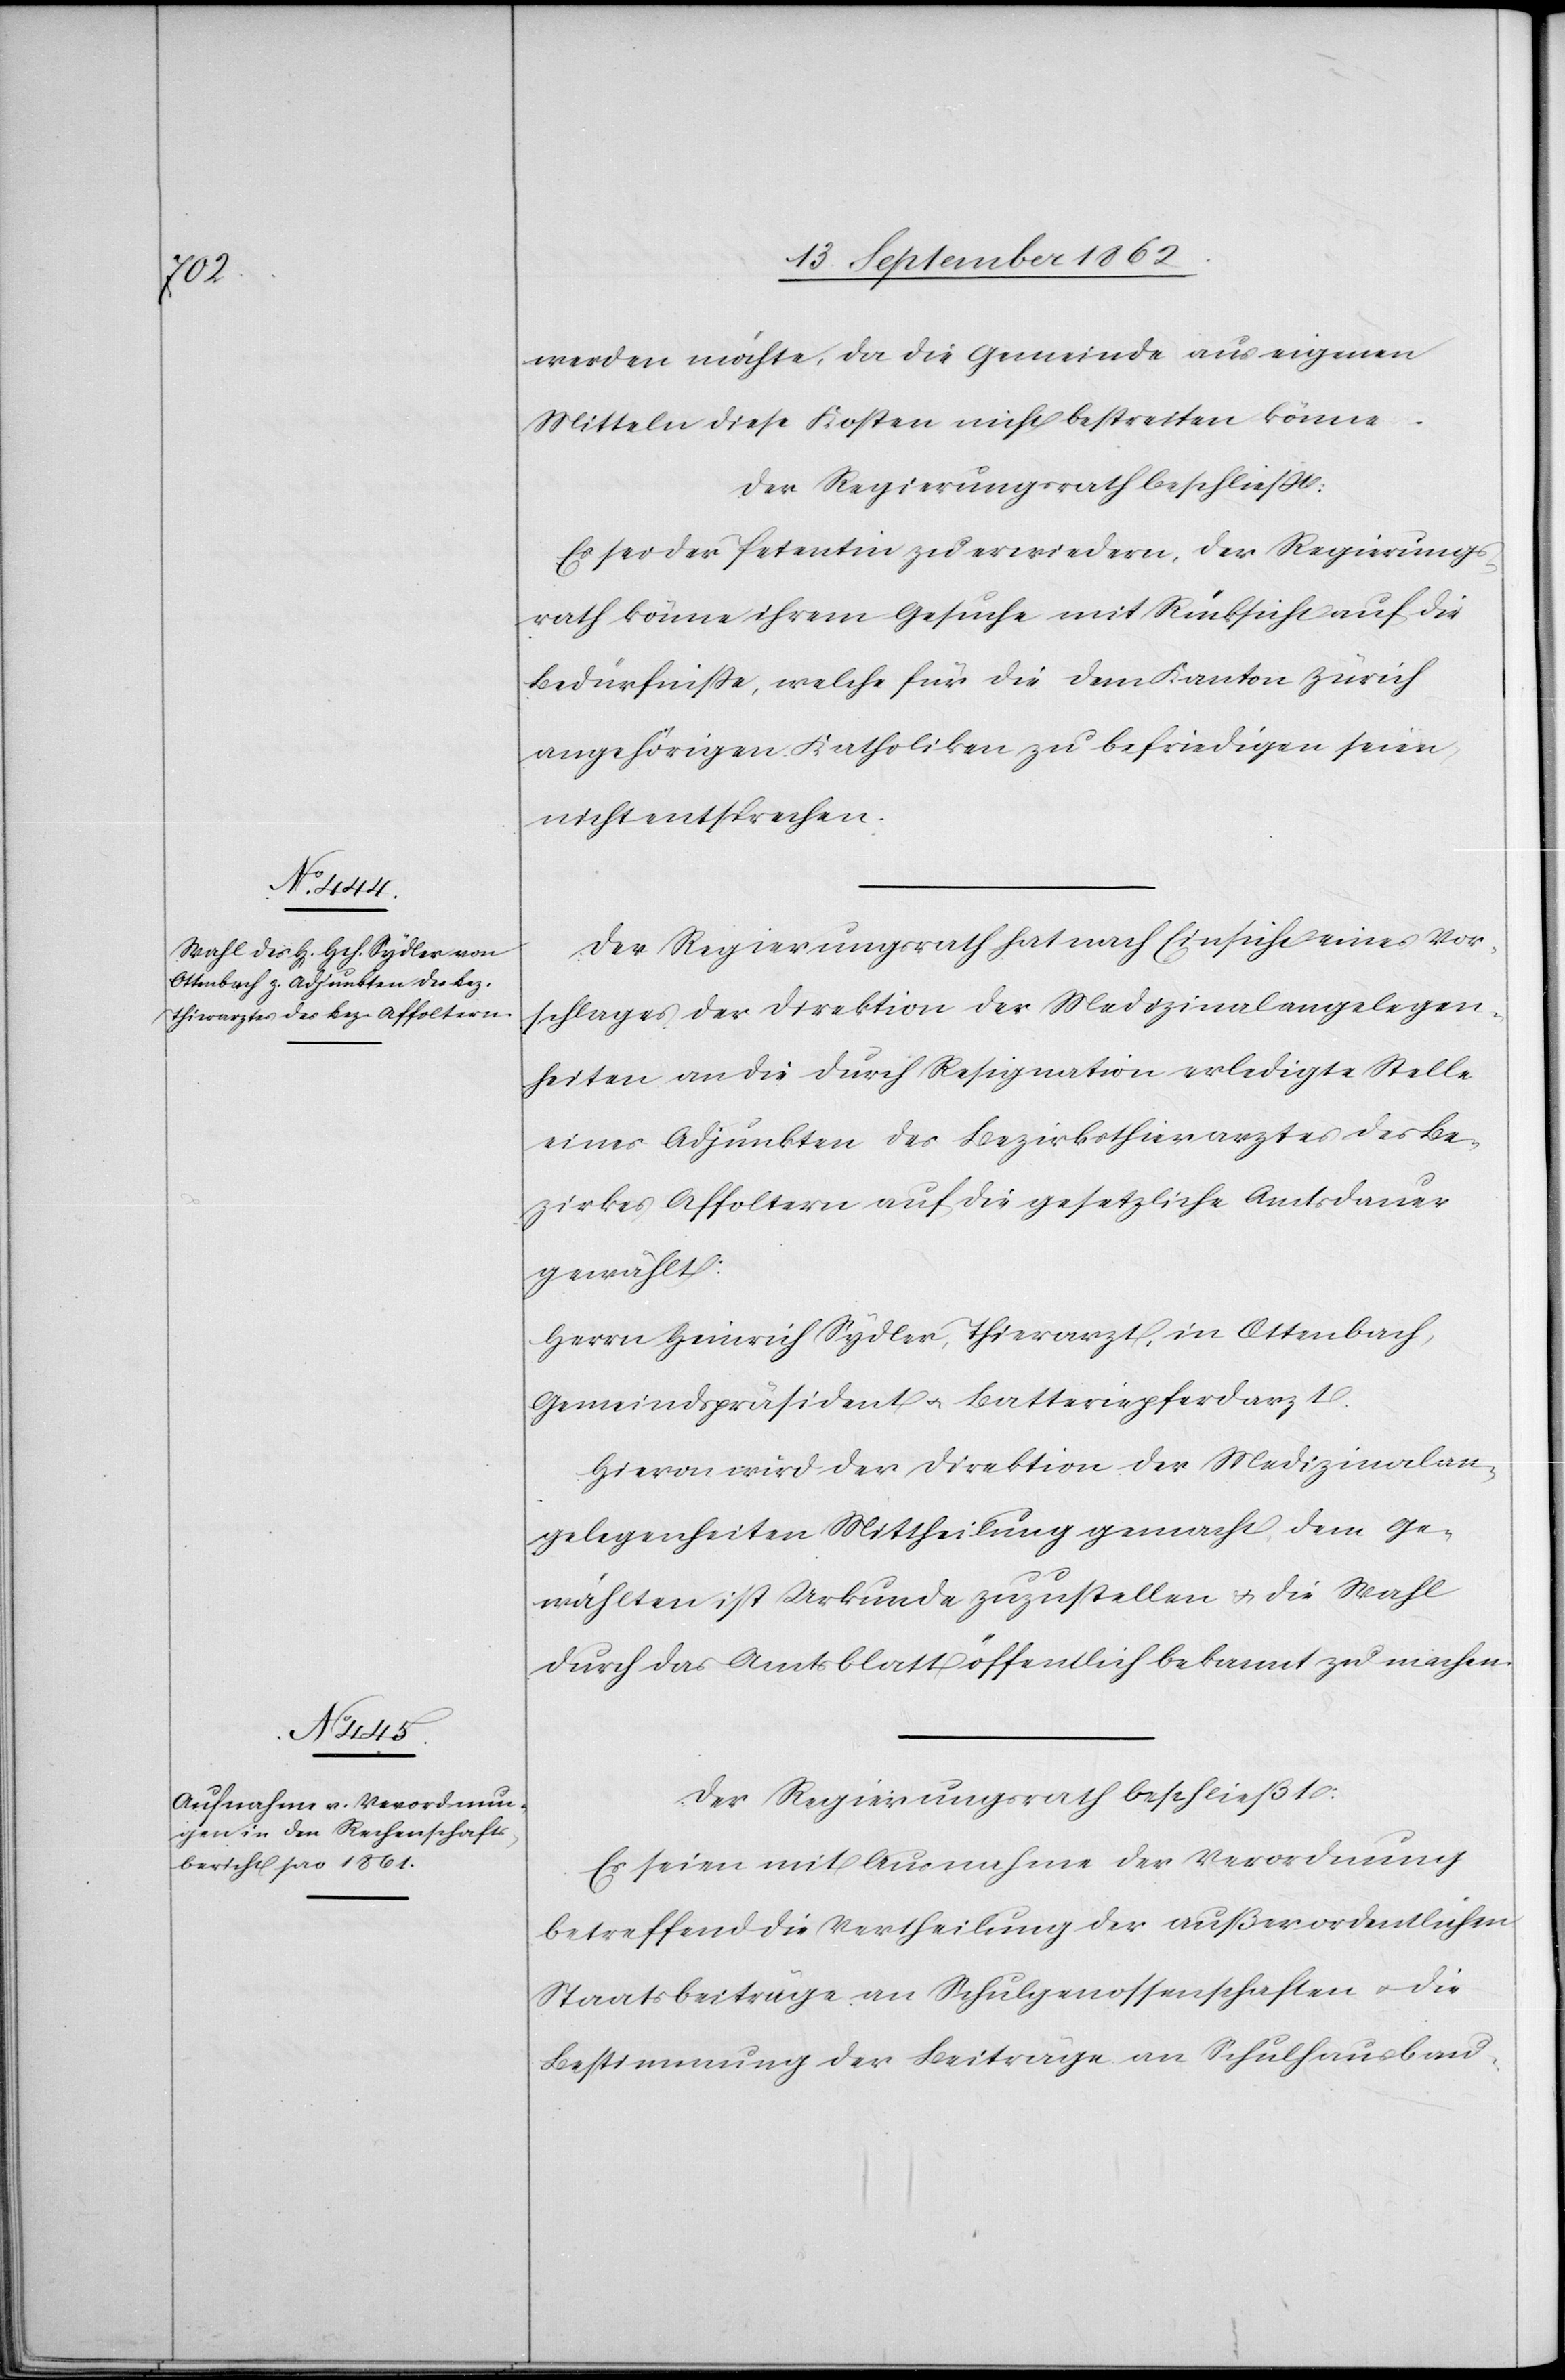
werden möchte, da die Gemeinde aus eigenen
Mitteln diese Kosten nicht bestreiten könne.
Der Regierungsrath beschließt:
Es sei der Petentin zu erwiedern, der Regierungs¬
rath könne ihrem Gesuche mit Rücksicht auf die
Bedürfnisse, welche für die dem Kanton Zürich
angehörigen Katholiken zu befriedigen seien,
nicht entsprechen.
Der Regierungsrath hat nach Einsicht eines Vor¬
schlages der Direktion der Medizinalangelegen¬
heiten an die durch Resignation erledigte Stelle
eines Adjunkten des Bezirksthierarztes des Be¬
zirkes Affoltern auf die gesetzliche Amtsdauer
gewählt:
Herrn Heinrich Sydler, Thierarzt, in Ottenbach,
Gemeindspräsident u. Batteriepferdarzt.
Hievon wird der Direktion der Medizinalan¬
gelegenheiten Mittheilung gemacht, dem Ge¬
wählten ist Urkunde zuzustellen u. die Wahl
durch das Amtsblatt öffentlich bekannt zu machen.
Der Regierungsrath beschließt:
Es seien mit Ausnahme der Verordnung
betreffend die Vertheilung der außerordentlichen
Staatsbeiträge an Schulgenossenschaften u. die
Bestimmung der Beiträge an Schulhausbau-